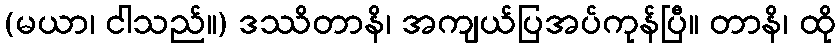
(မယာ၊ ငါသည်။) ဒဿိတာနိ၊ အကျယ်ပြအပ်ကုန်ပြီ။ တာနိ၊ ထို